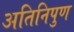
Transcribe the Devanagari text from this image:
अतिनिपुण